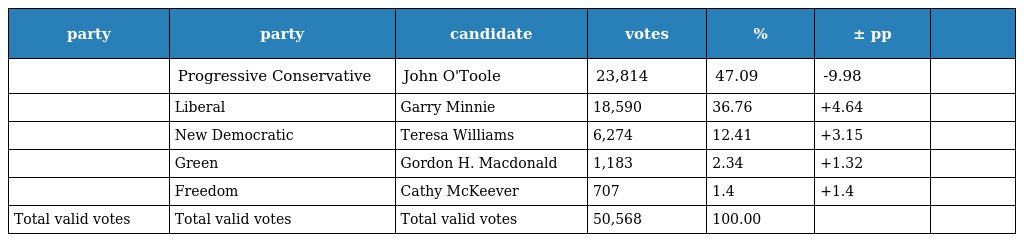
| party | party | candidate | votes | % | ± pp |  |
 | --- | --- | --- | --- | --- | --- | --- |
 |  | Progressive Conservative | John O'Toole | 23,814 | 47.09 | -9.98 |  |
 |  | Liberal | Garry Minnie | 18,590 | 36.76 | +4.64 |  |
 |  | New Democratic | Teresa Williams | 6,274 | 12.41 | +3.15 |  |
 |  | Green | Gordon H. Macdonald | 1,183 | 2.34 | +1.32 |  |
 |  | Freedom | Cathy McKeever | 707 | 1.4 | +1.4 |  |
 | Total valid votes | Total valid votes | Total valid votes | 50,568 | 100.00 |  |  |